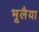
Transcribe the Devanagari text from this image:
भूलैया